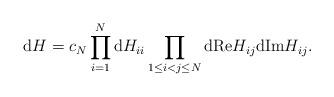
LaTeX: \begin{align*}{\rm d}H=c_{N}\prod _{i=1}^{N}{\rm d}H_{ii}\prod_{1\leq i<j\leq N}{\rm d}{\rm Re}H_{ij}{\rm d}{\rm Im}H_{ij}.\end{align*}